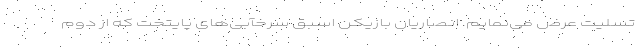
تسلیت عرض می‌نمایم. انصاریان بازیکن اسبق سرخآبی‌های پایتخت که از دوم